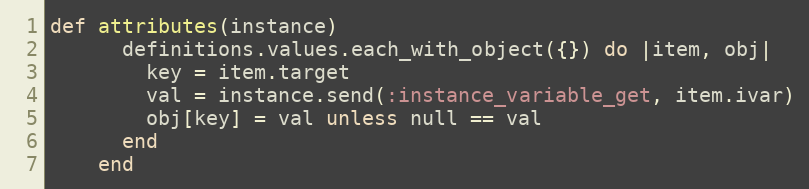
Language: Ruby
def attributes(instance)
      definitions.values.each_with_object({}) do |item, obj|
        key = item.target
        val = instance.send(:instance_variable_get, item.ivar)
        obj[key] = val unless null == val
      end
    end